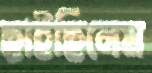
ছাইছিলেম